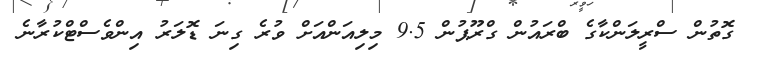
ގޮތުން ސްރީލަންކާގެ ބްރައުން ގްރޫޕުން 9.5 މިލިއަންއަށް ވުރެ ގިނަ ޑޮލަރު އިންވެސްޓްކުރާނެ